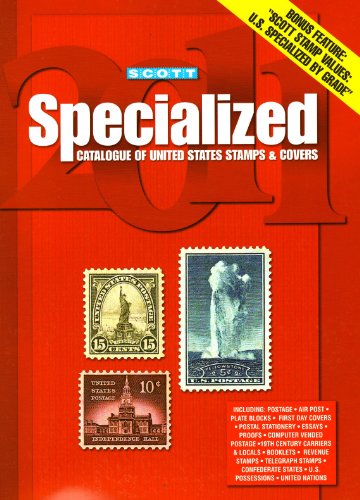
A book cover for Scott Specialized Catalogue of United States Stamps & Covers 2011; Crafts, Hobbies & Home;